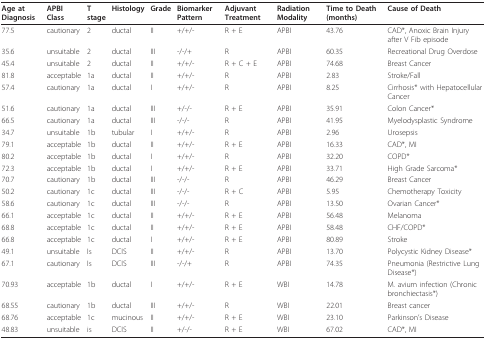
<table><thead><tr><td><b>Age at Diagnosis</b></td><td><b>APBI Class</b></td><td><b>T stage</b></td><td><b>Histology</b></td><td><b>Grade</b></td><td><b>Biomarker Pattern</b></td><td><b>Adjuvant Treatment</b></td><td><b>Radiation Modality</b></td><td><b>Time to Death (months)</b></td><td><b>Cause of Death</b></td></tr></thead><tbody><tr><td>77.5</td><td>cautionary</td><td>2</td><td>ductal</td><td>II</td><td>+/+/-</td><td>R + E</td><td>APBI</td><td>43.76</td><td>CAD*, Anoxic Brain Injury after V Fib episode</td></tr><tr><td>35.6</td><td>unsuitable</td><td>2</td><td>ductal</td><td>III</td><td>-/-/+</td><td>R</td><td>APBI</td><td>60.35</td><td>Recreational Drug Overdose</td></tr><tr><td>45.4</td><td>unsuitable</td><td>2</td><td>ductal</td><td>II</td><td>+/+/-</td><td>R + C + E</td><td>APBI</td><td>74.68</td><td>Breast Cancer</td></tr><tr><td>81.8</td><td>acceptable</td><td>1a</td><td>ductal</td><td>II</td><td>+/+/-</td><td>R</td><td>APBI</td><td>2.83</td><td>Stroke/Fall</td></tr><tr><td>57.4</td><td>cautionary</td><td>1a</td><td>ductal</td><td>I</td><td>+/+/-</td><td>R</td><td>APBI</td><td>8.25</td><td>Cirrhosis* with Hepatocellular Cancer</td></tr><tr><td>51.6</td><td>cautionary</td><td>1a</td><td>ductal</td><td>III</td><td>+/-/-</td><td>R + E</td><td>APBI</td><td>35.91</td><td>Colon Cancer*</td></tr><tr><td>66.5</td><td>cautionary</td><td>1a</td><td>ductal</td><td>III</td><td>-/-/-</td><td>R</td><td>APBI</td><td>41.95</td><td>Myelodysplastic Syndrome</td></tr><tr><td>34.7</td><td>unsuitable</td><td>1b</td><td>tubular</td><td>I</td><td>+/+/-</td><td>R</td><td>APBI</td><td>2.96</td><td>Urosepsis</td></tr><tr><td>79.1</td><td>acceptable</td><td>1b</td><td>ductal</td><td>II</td><td>+/+/-</td><td>R + E</td><td>APBI</td><td>16.33</td><td>CAD*, MI</td></tr><tr><td>80.2</td><td>acceptable</td><td>1b</td><td>ductal</td><td>I</td><td>+/+/-</td><td>R</td><td>APBI</td><td>32.20</td><td>COPD*</td></tr><tr><td>72.3</td><td>acceptable</td><td>1b</td><td>ductal</td><td>I</td><td>+/+/-</td><td>R + E</td><td>APBI</td><td>33.71</td><td>High Grade Sarcoma*</td></tr><tr><td>70.7</td><td>cautionary</td><td>1b</td><td>ductal</td><td>III</td><td>-/-/-</td><td>R</td><td>APBI</td><td>46.29</td><td>Breast Cancer</td></tr><tr><td>50.2</td><td>cautionary</td><td>1c</td><td>ductal</td><td>III</td><td>-/-/-</td><td>R + C</td><td>APBI</td><td>5.95</td><td>Chemotherapy Toxicity</td></tr><tr><td>58.6</td><td>cautionary</td><td>1c</td><td>ductal</td><td>III</td><td>-/-/-</td><td>R</td><td>APBI</td><td>13.50</td><td>Ovarian Cancer*</td></tr><tr><td>66.1</td><td>acceptable</td><td>1c</td><td>ductal</td><td>II</td><td>+/+/-</td><td>R + E</td><td>APBI</td><td>56.48</td><td>Melanoma</td></tr><tr><td>68.8</td><td>acceptable</td><td>1c</td><td>ductal</td><td>II</td><td>+/+/-</td><td>R + E</td><td>APBI</td><td>58.48</td><td>CHF/COPD*</td></tr><tr><td>66.8</td><td>acceptable</td><td>1c</td><td>ductal</td><td>I</td><td>+/+/-</td><td>R + E</td><td>APBI</td><td>80.89</td><td>Stroke</td></tr><tr><td>49.1</td><td>unsuitable</td><td>Is</td><td>DCIS</td><td>II</td><td>+/+/-</td><td>R</td><td>APBI</td><td>13.70</td><td>Polycystic Kidney Disease*</td></tr><tr><td>67.1</td><td>cautionary</td><td>Is</td><td>DCIS</td><td>III</td><td>-/-/+</td><td>R</td><td>APBI</td><td>74.35</td><td>Pneumonia (Restrictive Lung Disease*)</td></tr><tr><td>70.93</td><td>acceptable</td><td>1b</td><td>ductal</td><td>I</td><td>+/+/-</td><td>R + E</td><td>WBI</td><td>14.78</td><td>M. avium infection (Chronic bronchiectasis*)</td></tr><tr><td>68.55</td><td>cautionary</td><td>1b</td><td>ductal</td><td>III</td><td>+/+/-</td><td>R</td><td>WBI</td><td>22.01</td><td>Breast cancer</td></tr><tr><td>68.76</td><td>acceptable</td><td>1c</td><td>mucinous</td><td>II</td><td>+/+/-</td><td>R + E</td><td>WBI</td><td>23.10</td><td>Parkinson&#x27;s Disease</td></tr><tr><td>48.83</td><td>unsuitable</td><td>is</td><td>DCIS</td><td>II</td><td>+/-/-</td><td>R + E</td><td>WBI</td><td>67.02</td><td>CAD*, MI</td></tr></tbody></table>